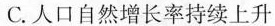
C.人口自然增长率持续上升